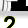
Digit: 2